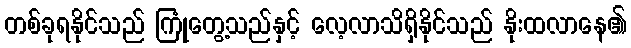
တစ်ခုရနိုင်သည် ကြုံတွေ့သည်နှင့် လေ့လာသိရှိနိုင်သည် နိုးထလာနေ၏